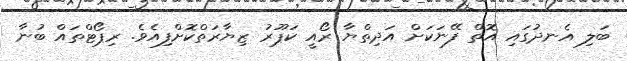
ބަލި އެނދުގައި އޮތް ފޭނަކަށް އަދިތްޔާ ރޯއީ ކަޕޫރު ޒިޔާރަތްކޮށްފިއެވެ. ރިޕޯޓްތައް ބުނާ